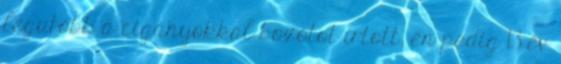
legutóbb a cigányokkal bozótot irtott, én pedig 13 év